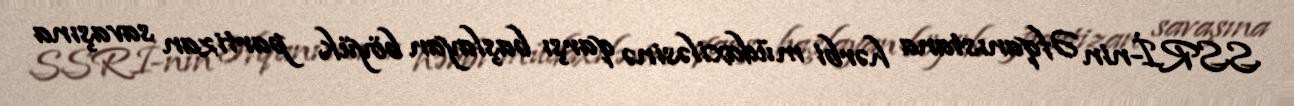
SSRİ-nin Əfqanıstana hərbi müdaxiləsinə qarşı başlayan böyük partizan savaşına